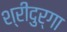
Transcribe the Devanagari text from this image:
श्रीदुर्गा